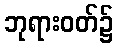
ဘုရားဝတ်၌